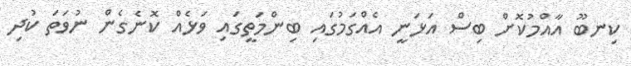
ކިނބޫ އާއްމުކޮށް ބިސް އަޅަނީ އެއްގަމުގައި ބިންމަތީގައި ވަޅެއް ކޮނެގެން ނުވަތަ ކުދި